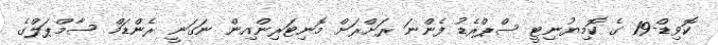
ކޮވިޑް-19 ގެ ކޮމިޔުނިޓީ ސްޕްރެޑު ފެންނަ ރަށްރަށް މޮނިޓަރިންއިން ނަގަނީ ރެންޑަމް ސާމްޕަލްގެ